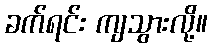
ခက်ရင်း ကျသွားလို့။